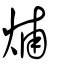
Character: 烳